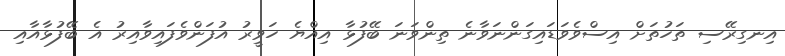
އިނގިރޭސި ތަހުތަށް އިސްވެވަޑައިގަންނަވާނެ ތިންވަނަ ބޭފުޅާ އިއްޔެ ހަވީރު އުފަންވެފައިވާއިރު އެ ބޭފުޅާއާއި